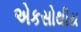
એકસોથીય